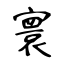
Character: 寰